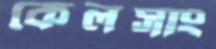
কেলসাং